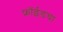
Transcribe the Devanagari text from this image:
फ्रॉईडचा